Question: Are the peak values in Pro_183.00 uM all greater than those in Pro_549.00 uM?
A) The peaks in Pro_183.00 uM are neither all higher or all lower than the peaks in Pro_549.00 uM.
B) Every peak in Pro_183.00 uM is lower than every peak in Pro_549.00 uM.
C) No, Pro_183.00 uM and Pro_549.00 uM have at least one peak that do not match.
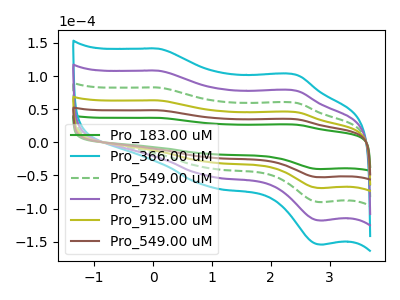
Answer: <think>The green curve "Pro_183.00 uM" has anodic peaks at (0.10V, 36.95uA) (2.45V, 26.65uA) and cathodic peaks at (0.95V, -17.45uA) (2.85V, -40.35uA). The cyan curve "Pro_366.00 uM" has anodic peaks at (0.10V, 241.65uA) (2.45V, 174.25uA) and cathodic peaks at (0.95V, -114.15uA) (2.85V, -263.75uA). The green dashed curve "Pro_549.00 uM" has anodic peaks at (0.10V, 145.00uA) (2.45V, 104.55uA) and cathodic peaks at (0.95V, -68.50uA) (2.85V, -158.25uA). The purple curve "Pro_732.00 uM" has anodic peaks at (0.10V, 193.35uA) (2.45V, 139.40uA) and cathodic peaks at (0.95V, -91.30uA) (2.85V, -211.00uA). The olive curve "Pro_915.00 uM" has anodic peaks at (0.10V, 96.65uA) (2.45V, 69.70uA) and cathodic peaks at (0.95V, -45.65uA) (2.85V, -105.50uA). The brown curve "Pro_549.00 uM" has anodic peaks at (0.10V, 48.35uA) (2.45V, 34.85uA) and cathodic peaks at (0.95V, -22.85uA) (2.85V, -52.75uA).</think>
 <answer>B) Every peak in "Pro_183.00 uM" is lower than every peak in "Pro_549.00 uM".</answer>
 <eval>B</eval>